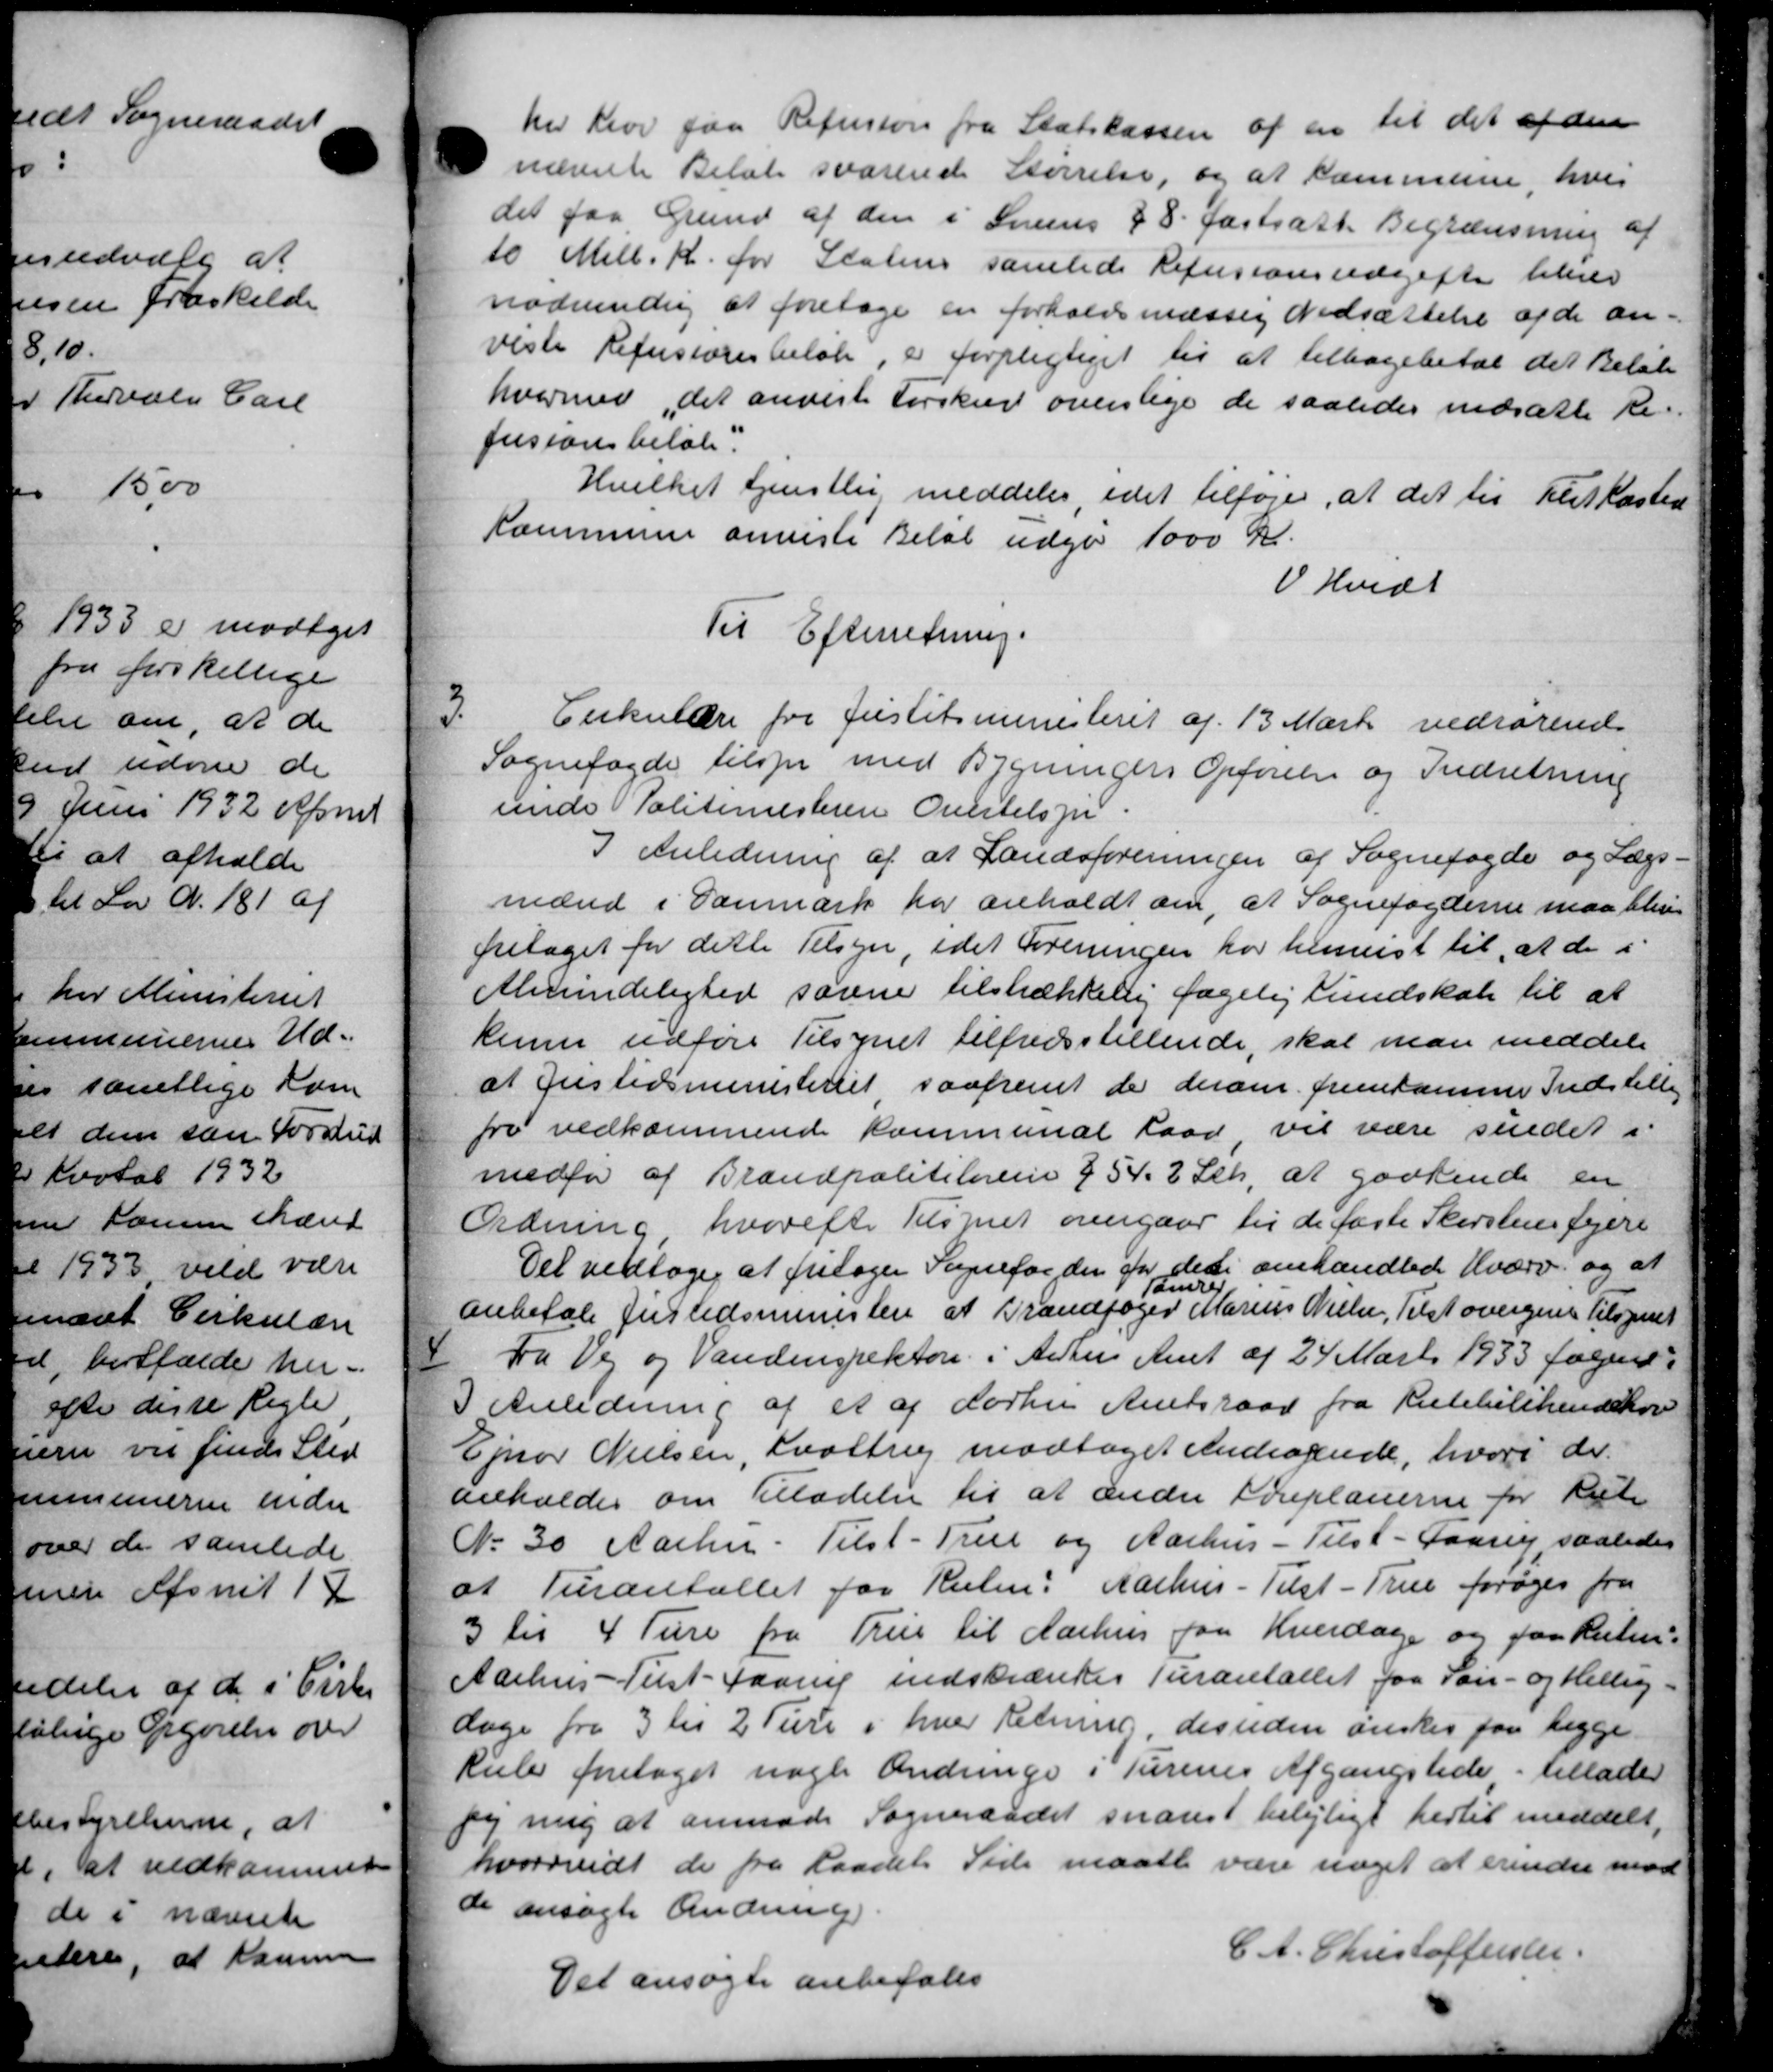
Transskription:
her hvor faa Refusion fra Statskassen af en til det af den
nævnte Beløb svarende Størrelse, og at sammerne, hvis
det faa Grund af den i Svens § 8. fastsatte Begrænsning af
10 Mill. K. for Statens samlede Refusionsudgifter blever
nødvendig at foretage en forholdsmæssig Nedsættelse af de an-
veste Refusionsbeløb, er forpligtiget til at tilbagebetal det Beløb
hvormed det anviste Forskud ovenlige de saaledes nedsætte Re-
fusionsbeløb
Hvilket tjenstlig meddeles, idet tilføjes, at det til Beskasted
Kommune anviste Beløb udgør 1000 Kr.
 Hvidt
Til Efterretning.
3
Cirkulære fra Justitsministeriet af 13 Marts vedrørende
Sognefogde tilsyn med Bygningers Opførelse og Indretning
unde Politimesteren Overtelspr.
I Anledning af at Landsforeningen af Sognefogden og Lægs-
mænd i Danmark har anholdt om, at Sognefogderne maa blive
fritaget for dette Tilsyn, idet Foreningen har henvist til at de i
Almindelighed savne tilstrækkelig fagelig Lundskab til at
kunne udføre Tilsynet tilfredsstillende, skal man meddele
at Justidsministeriet saafremt de derom fremsamme Indstillig
fra vedkommende Kommunal Raad, vil være sundet i
medfør af Brandpolitiloven § 54. 2 Stk. at godkende en
Ordning hvorefter Tilsynet overgaar til de faste Skorstensfejere
Det vedtoges at fritager Sognefor den for det omhandlede Hverv. og at
Tømrer
anbefale Justedsministere at Brandfoged Marius Nielsen, Tilst overgive Tilsynet
4
fra Vej og Vandinspektor i Århus Amt af 24 Marts 1933 fagende
I Anledning af et af dorhus Amtsraad fra Rutebilikendeskov
Ejnar Nielsen, Kvattrup modtaget Andragende, hvori de
anholdes om Tilladelse til at ændre Foreplanerne for til
No 30 Aarhus Tilst-True og Aarhus - Tilst-Gaany, saaledes
at Turanstallet for Rulen: Aarhus - Tilst-True forøges fra
3 til 4 Ture fra True til Aarhus paa Hverdage og paa Ruten-
Aarhus Tust-Faarup indskrænkes Turantallet fra Søn- og Hellig-
dage fra 3 til 2 Ture i hver Retning, desuden ønskes paa begge
kule foretages nogle Ændringe i Turenes Afgangstede tillader
og mig at anmode Sogneraadet snares belejligt hertil meddelt,
hvorvidt de fra Raadets Side maatte være noget at erindre mod
de ansøgte Ændring
C. A. Christoffersen.
Det ansøgte anbefales